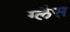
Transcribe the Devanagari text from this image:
ग्लैस